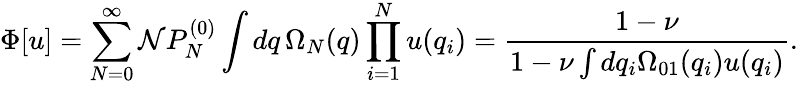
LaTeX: \Phi[u]=\sum_{N=0}^{\infty}{\cal N}P_{N}^{(0)}\int dq\, \Omega_{N}(q)\prod_{i=1}^{N}u(q_{i})=\frac{1-\nu}{1-\nu\int dq_{i}\Omega_{01}(q_{i})u(q_{i})}.